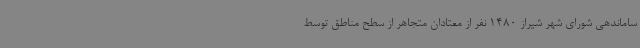
ساماندهی شورای شهر شیراز 1480 نفر از معتادان متجاهر از سطح مناطق توسط